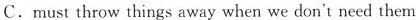
C.must throw things away when we don't need them